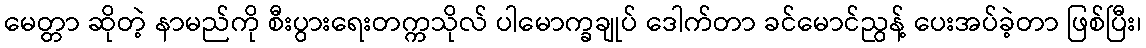
မေတ္တာ ဆိုတဲ့ နာမည်ကို စီးပွားရေးတက္ကသိုလ် ပါမောက္ခချုပ် ဒေါက်တာ ခင်မောင်ညွန့် ပေးအပ်ခဲ့တာ ဖြစ်ပြီး၊